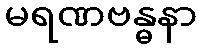
မရဏဗန္ဓနာ